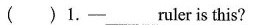
( )1.-___ruler is this?